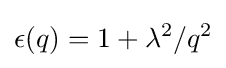
\epsilon (q)=1+\lambda ^{2}/q^{2}